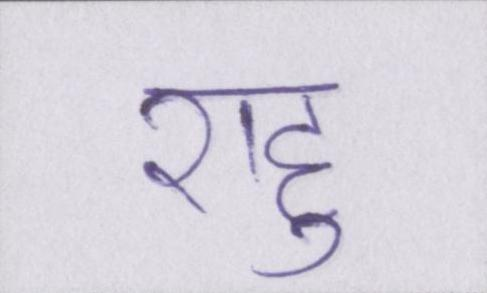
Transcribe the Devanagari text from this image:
राहु